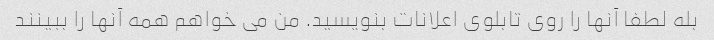
بله لطفا آنها را روی تابلوی اعلانات بنویسید. من می خواهم همه آنها را ببینند